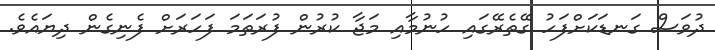
ދުވަސް ގަނޑަކަށްފަހު ގޭތެރޭގައި ހުނުމާއި މަޖާ ކުރުން ފުރަތަމަ ފަހަރަށް ފެނިގެން ދިޔައެވެ.